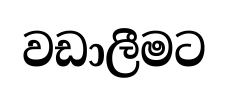
වඩාලීමට